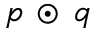
p \, \odot \, q